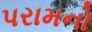
પરામનો